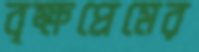
বৃক্ষপ্রেমের